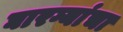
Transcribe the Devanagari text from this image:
घारग्यांचा